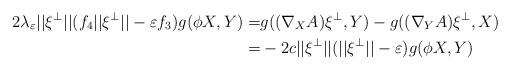
LaTeX: \begin{align*}2\lambda_\varepsilon ||\xi^\perp||(f_4||\xi^\perp||-\varepsilon f_3)g(\phi X,Y)=&g((\nabla_XA)\xi^\perp,Y)-g((\nabla_YA)\xi^\perp,X)\\=&-2c||\xi^\perp||(||\xi^\perp||-\varepsilon)g(\phi X,Y)\end{align*}